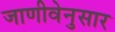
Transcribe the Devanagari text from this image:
जाणीवेनुसार